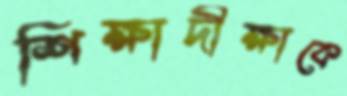
শিক্ষাদীক্ষাকে